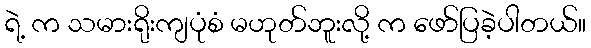
ရဲ့ က သမားရိုးကျပုံစံ မဟုတ်ဘူးလို့ က ဖော်ပြခဲ့ပါတယ်။